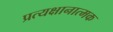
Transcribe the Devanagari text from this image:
प्रत्यक्षानात्मक